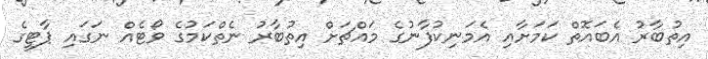
އިތުބާރު އެބައޮތް ކަމަށާއި އެމަނިކުފާނުގެ މައްޗަށް އިތުބާރު ނެތްކަމުގެ ވޯޓެއް ނަގައި ޕާޓީގެ